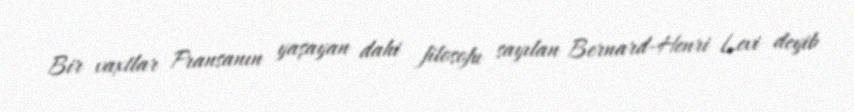
Bir vaxtlar Fransanın yaşayan dahi filosofu sayılan Bernard-Henri Levi deyib